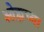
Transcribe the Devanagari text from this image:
ओह्मच्या